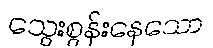
သွေးစွန်းနေသော